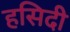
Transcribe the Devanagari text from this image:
हसिदी